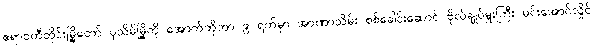
ဧရာဝတီတိုင်းမြို့တော် ပုသိမ်မြို့ကို အောက်တိုဘာ ၉ ရက်မှာ အာဏာသိမ်း စစ်ခေါင်းဆောင် ဗိုလ်ချုပ်မှူးကြီး မင်းအောင်လှိုင်